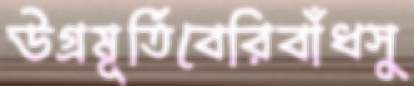
উগ্রমূর্তিবেরিবাঁধসু